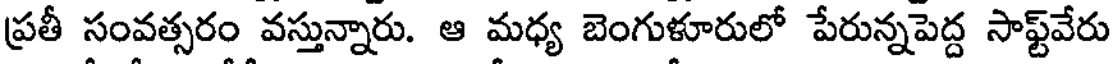
ప్రతీ సంవత్సరం వస్తున్నారు. ఆ మధ్య బెంగుళూరులో పేరున్నపెద్ద సాఫ్ట్వేరు